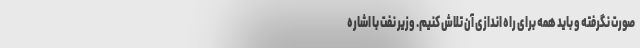
صورت نگرفته و باید همه برای راه اندازی آن تلاش کنیم. وزیر نفت با اشاره